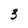
Character: 3